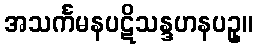
အသင်္ကမနပဋိသန္ဒဟနပဥှ။